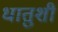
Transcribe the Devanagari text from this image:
धातुशी